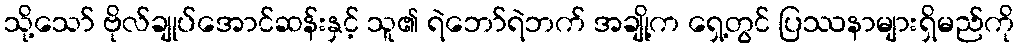
သို့သော် ဗိုလ်ချုပ်အောင်ဆန်းနှင့် သူ၏ ရဲဘော်ရဲဘက် အချို့က ရှေ့တွင် ပြဿနာများရှိမည်ကို